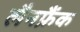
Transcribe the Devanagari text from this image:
लैनफ्रैंक